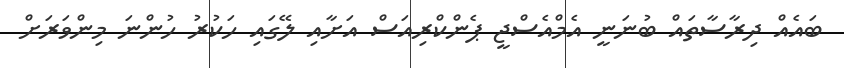
ބައެއް ދިރާސާތައް ބުނަނީ އެމްއެސްޖީ ޕެންކްރިއަސް އަށާއި ލޭގައި ހަކުރު ހުންނަ މިންވަރަށް